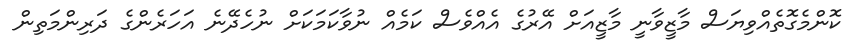
ކޮންމެގޮތެއްވިޔަސް މާޒީވާނީ މާޒީއަށް އޭރުގެ އެއްވެސް ކަމެއް ނުވާކަމަކަށް ނުހެދޭނެ އަހަރެންގެ ދަރިންމަތިން